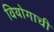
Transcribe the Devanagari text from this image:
वियोगाची